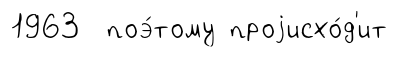
1963 поэ́тому проjисхо́д'ит